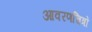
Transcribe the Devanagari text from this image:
आवरणचित्रों